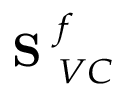
\mathrm { ~ \bf ~ S ~ } _ { V C } ^ { f }